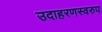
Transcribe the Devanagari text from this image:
उदाहरणस्‍वरुप